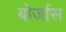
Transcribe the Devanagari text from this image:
बोर्जास